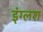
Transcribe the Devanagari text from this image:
इंग्लश